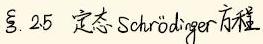
§2.25 定态 Schrödinger 方程